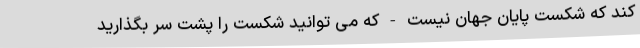
کند که شکست پایان جهان نیست - که می توانید شکست را پشت سر بگذارید